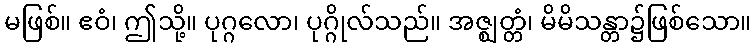
မဖြစ်။ ဧဝံ၊ ဤသို့။ ပုဂ္ဂလော၊ ပုဂ္ဂိုလ်သည်။ အဇ္ဈတ္တံ၊ မိမိသန္တာ၌ဖြစ်သော။